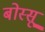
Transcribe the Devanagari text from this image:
बोस्सू